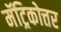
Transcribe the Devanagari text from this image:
मॅट्रिकोत्तर